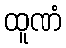
ထူဏံ